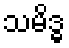
သမိဒ္ဓ